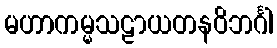
မဟာကမ္မသဠာယတနဝိဘင်္ဂါ